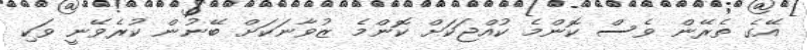
އޭގެ ތެރޭން ވެސް ކޮންމެ ކުއްޖަކަށް ކޮންމެ ޒުވާނަކަށް ބޭނުން ކުރެވޭނީ ވަކި